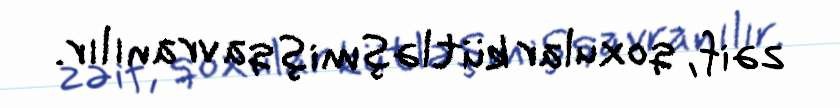
zəif, qoxular kütləşmiş qavranılır.